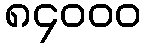
၈၄၀၀၀